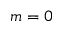
m = 0